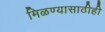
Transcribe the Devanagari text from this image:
मिळण्यासाठीही